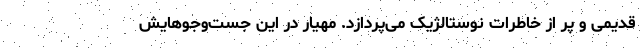
قدیمی و پر از خاطرات نوستالژیک می‌پردازد. مهیار در این جست‌و‌جوهایش